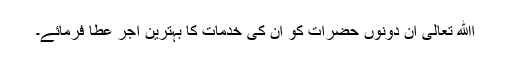
اﷲ تعالیٰ ان دونوں حضرات کو ان کی خدمات کا بہترین اجر عطا فرمائے۔